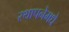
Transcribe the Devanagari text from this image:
स्थापनेमधे